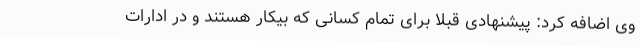
وی اضافه کرد: پیشنهادی قبلا برای تمام کسانی که بیکار هستند و در ادارات